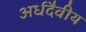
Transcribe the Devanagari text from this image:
अर्धदैवीय